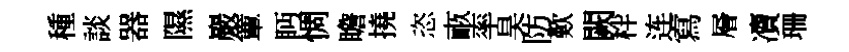
種談器隰巖簟眄惆瞻撓恣畞率昊防歎闕柈连寫層凟珊